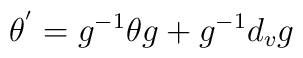
\theta^{'} = g^{-1} \theta g + g^{-1} d_{v}g